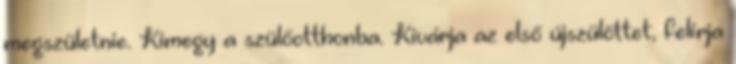
megszületnie. Kimegy a szülőotthonba. Kivárja az első újszülöttet, felírja